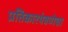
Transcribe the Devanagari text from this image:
प्रतिकारयंत्रणेचा